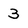
Character: 3